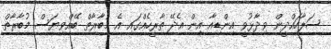
ސަލާހައްދީން ވިދާޅުވީ އިންޑިއާ އިން އެދޭ ތާރީހެއްގައި އެ މުބާރާތް ބޭއްވިޔަސް މުބާރާތް